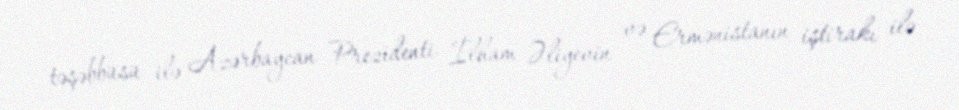
təşəbbüsü ilə Azərbaycan Prezidenti İlham Əliyevin və Ermənistanın iştirakı ilə